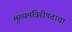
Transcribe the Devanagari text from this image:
मुख्यमंत्रिरीपदाचा